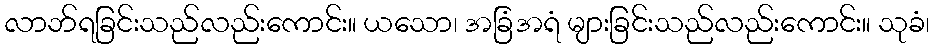
လာဘ်ရခြင်းသည်လည်းကောင်း။ ယသော၊ အခြံအရံ များခြင်းသည်လည်းကောင်း။ သုခံ၊